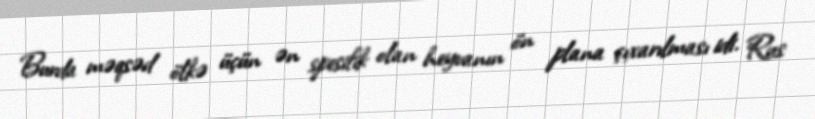
Burda məqsəd ölkə üçün ən spesifik olan heyvanın ön plana çıxarılması idi. Rus